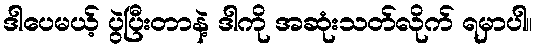
ဒါပေမယ့် ပွဲပြီးတာနဲ့ ဒါကို အဆုံးသတ်လိုက် ရမှာပါ။